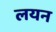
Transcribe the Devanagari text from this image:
लयन